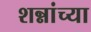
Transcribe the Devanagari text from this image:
शन्नांच्या